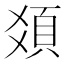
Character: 𩑛